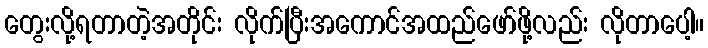
တွေးလို့ရတာတဲ့အတိုင်း လိုက်ပြီးအကောင်အထည်ဖော်ဖို့လည်း လိုတာပေါ့။